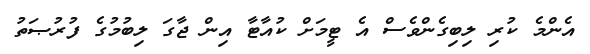
އެންމެ ކުރި ލިބިގެންވެސް އެ ޓީމަށް ކުއާޓާ އިން ޖާގަ ލިބުމުގެ ފުރުޞަތު